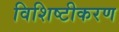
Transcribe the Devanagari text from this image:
विशिष्‍टीकरण